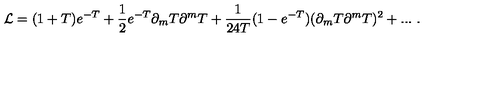
{ \cal L } = ( 1 + T ) e ^ { - T } + { \frac { 1 } { 2 } } e ^ { - T } \partial _ { m } T \partial ^ { m } T + { \frac { 1 } { 2 4 T } } ( 1 - e ^ { - T } ) ( \partial _ { m } T \partial ^ { m } T ) ^ { 2 } + . . . \ .